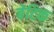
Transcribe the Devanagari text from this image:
बेटिक